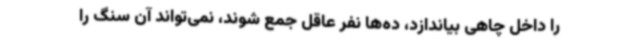
را داخل چاهی بیاندازد، ده‌ها نفر عاقل جمع شوند، نمی‌تواند آن سنگ را